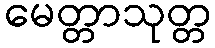
မေတ္တာသုတ္တ